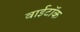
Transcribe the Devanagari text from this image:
वाईटॉक